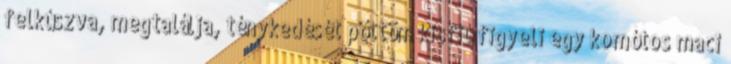
felkúszva, megtalálja, ténykedését pöttöm kisfiú figyeli egy komótos maci